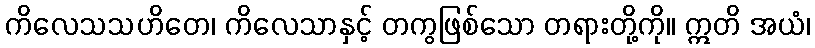
ကိလေသသဟိတေ၊ ကိလေသာနှင့် တကွဖြစ်သော တရားတို့ကို။ ဣတိ အယံ၊